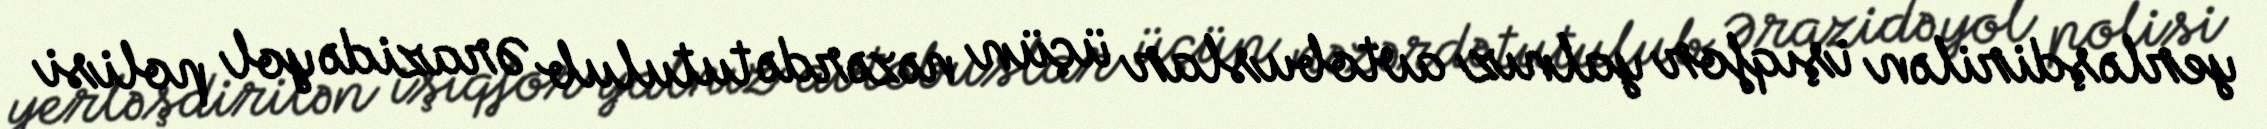
yerləşdirilən işıqfor yalnız avtobuslar üçün nəzərdə tutulub Ərazidə yol polisi